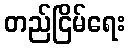
တည်ငြိမ်ရေး